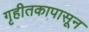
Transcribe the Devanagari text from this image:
गृहीतकापासून